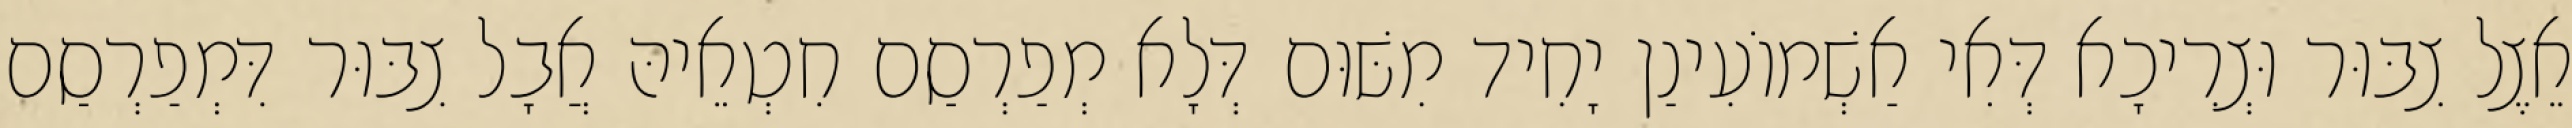
אֵצֶל צִבּוּר וּצְרִיכָא דְּאִי אַשְׁמוֹעִינַן יָחִיד מִשּׁוּם דְּלָא מְפַרְסַם חִטְאֵיהּ אֲבָל צִבּוּר דִּמְפַרְסַם